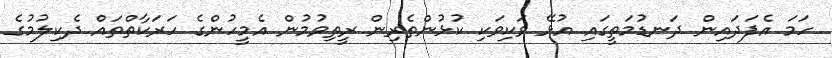
ހަމަ އެފަދައިން ދަނޑުމަތީގައި އުޅޭ ވަކިވަކި ކުޅުންތެރިން ރީތިވުމުން އެމީހުންގެ ހަރަކާތްތައް ދެކިލުމުގެ